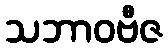
သဘာဝဗီဇ